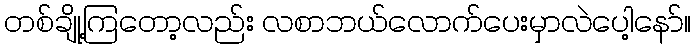
တစ်ချို့ကြတော့လည်း လစာဘယ်လောက်ပေးမှာလဲပေါ့နော်။